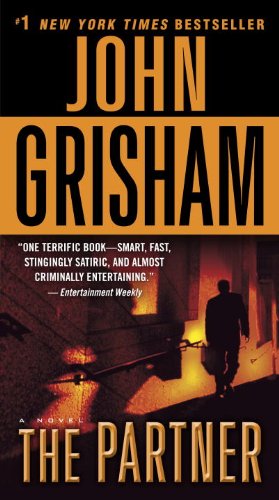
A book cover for The Partner: A Novel; John Grisham; Mystery, Thriller & Suspense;